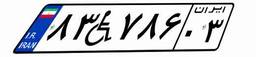
۸۳W۷۸۶۰۳